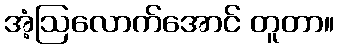
အံ့ဩလောက်အောင် တူတာ။